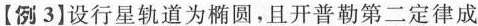
[ 例 3 ] 设行星轨道为椭圆，且开普勒第二定律成